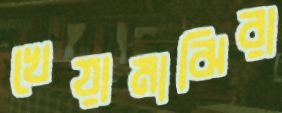
খেয়ামাঝিরা